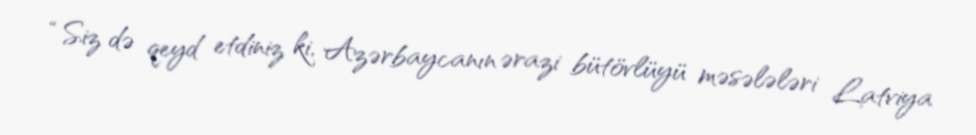
“Siz də qeyd etdiniz ki, Azərbaycanın ərazi bütövlüyü məsələləri Latviya